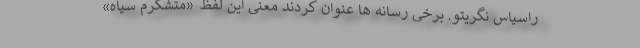
راسیاس نگریتو. برخی رسانه ها عنوان کردند معنی این لفظ «متشکرم سیاه»